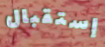
إستقبال